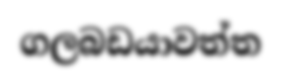
ගලබඩයාවත්ත